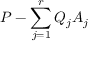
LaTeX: P - \sum _ { j = 1 } ^ { r } Q _ { j } A _ { j }